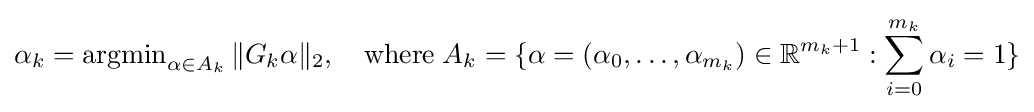
\alpha _{k}=\operatorname {argmin} _{\alpha \in A_{k}}\|G_{k}\alpha \|_{2},\quad {\text{where}}\;A_{k}=\{\alpha =(\alpha _{0},\dots ,\alpha _{m_{k}})\in \mathbb {R} ^{m_{k}+1}:\sum _{i=0}^{m_{k}}\alpha _{i}=1\}